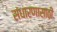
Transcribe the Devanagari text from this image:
संधारणासाठी